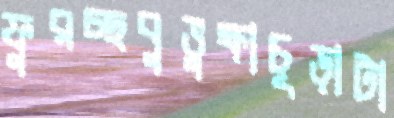
ফুরচ্ছবুভুক্ষাচূড়াটা